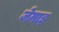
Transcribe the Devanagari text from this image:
जेमाइ